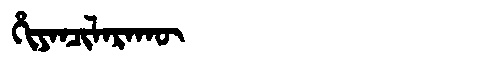
Manchu: ᡥᡳᠶᠠᠨᠴᡳᠯᠠᡵᠠᡴᡡ
Romanization: HIYANCILARAKŪ